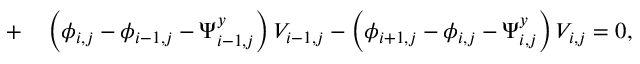
\begin{array} { r l } { + } & { { } \left( \phi _ { i , j } - \phi _ { i - 1 , j } - \Psi _ { i - 1 , j } ^ { y } \right) V _ { i - 1 , j } - \left( \phi _ { i + 1 , j } - \phi _ { i , j } - \Psi _ { i , j } ^ { y } \right) V _ { i , j } = 0 , } \end{array}